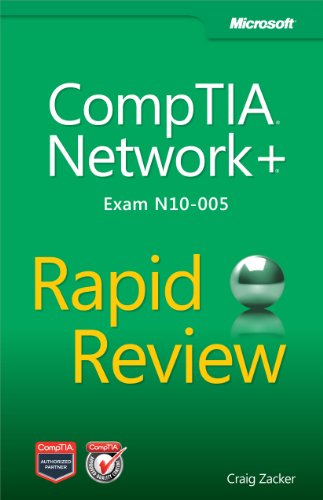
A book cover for CompTIA Network+ Rapid Review (Exam N10-005); Craig Zacker; Computers & Technology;